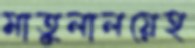
মাতুলালয়েহ